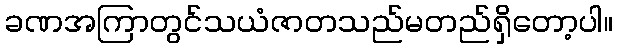
ခဏအကြာတွင်သယံဇာတသည်မတည်ရှိတော့ပါ။